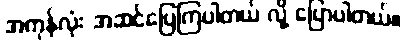
အကုန်လုံး အဆင်ပြေကြပါတယ် လို့ ပြောပါတယ်။